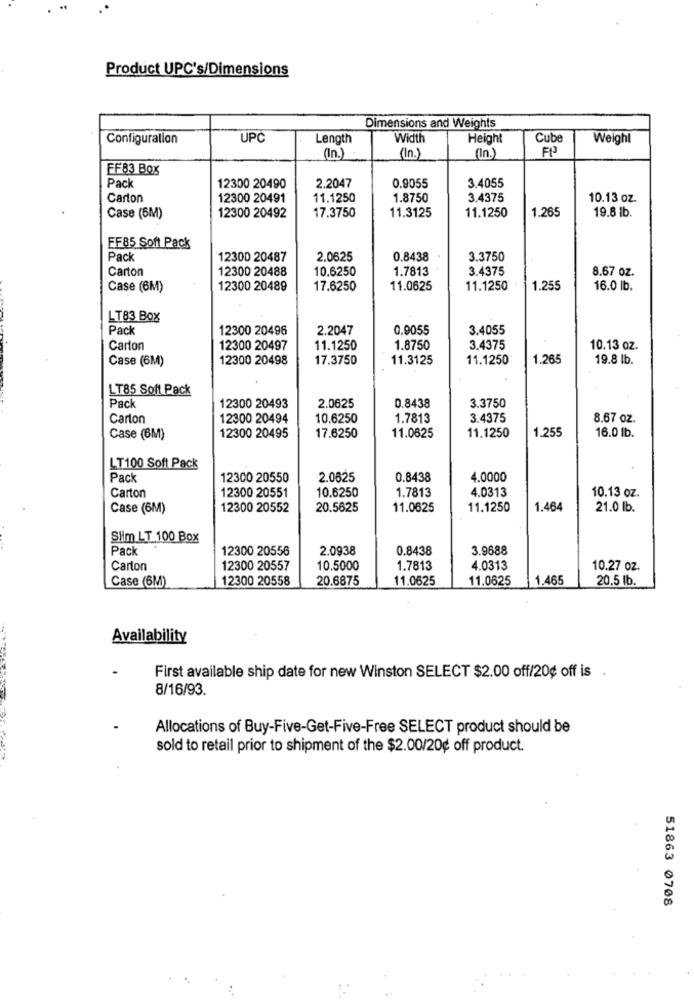
Product UPC's/Dimensions
Dimensions and Weights
Configuration
UPC
Length
Width
Height
Cube
Weight
(In.)
(In.)
(In.)
FF83 Box
2.2047
0.9055
3.4055
Pack
12300 20490
Carton
12300 20491
11.1250
1.8750
3.4375
10.13 oz.
11.3125
11.1250
1.265
19.8 1b.
Case (5M)
12300 20492
17.3750
FF85 Soft Pack
Pack
12300 20487
2.0625
0.8438
3.3750
Carton
12300 20488
10.6250
1.7813
3.4375
8.67 oz.
Case (6M)
12300 20489
17.6250
11.0625
11.1250
1.255
16.0 lb.
LT83 Box
Pack
12300 20496
2.2047
0.9055
3.4055
Carton
12300 20497
11.1250
1.8750
3.4375
10.13 oz.
Case (6M)
12300 20498
17.3750
11.3125
11.1250
1.265
19.8 lb.
LT85 Soft Pack
Pack
12300 20493
2.0625
0.8438
3.3750
Carton
12300 20494
10.6250
1.7813
3.4375
8.67 oz.
11.0625
11.1250
1.255
16.0 lb.
Case (6M)
12300 20495
17.6250
LT100 Soft Pack
Pack
12300 20550
2.0625
0.8438
4,0000
Carton
1.7813
4.0313
10.13 oz.
12300 20551
10.6250
Case (6M)
12300 20552
20.5625
11.0625
11.1250
1.464
21.0 lb.
Slim LT 100 Box
Pack
12300 20556
2.0938
0.8438
3.9688
Carton
12300 20557
10.5000
1.7813
4.0313
10.27 oz.
12300 20558
20.6875
11.0625
11.0625
1.465
20.5 lb.
Case (6M)
Availability
First available ship date for new Winston SELECT $2.00 off/20¢ off is .
8/16/93.
Allocations of Buy-Five-Get-Five-Free SELECT product should be
sold to retail prior to shipment of the $2.00/20¢ off product.
51863 0708